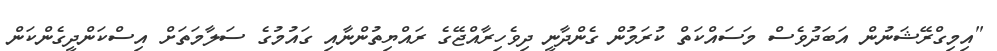
"އިމިގްރޭޝަނުން އަބަދުވެސް މަސައްކަތް ކުރަމުން ގެންދާނީ ދިވެހިރާއްޖޭގެ ރައްޔިތުންނާއި ގައުމުގެ ސަލާމަތަށް އިސްކަންދީގެންކަން